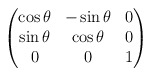
\begin{align*}\begin{pmatrix}\cos \theta & -\sin \theta & 0 \\ \sin \theta & \cos \theta & 0 \\ 0 & 0 & 1\end{pmatrix}\end{align*}